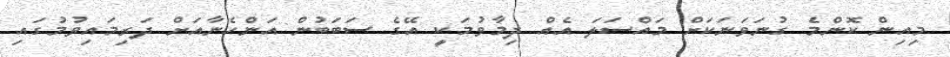
މިއިން ކޮންމެ ގުނަވަނަކަށް މައްސަލަ އެއް ދިމާވުމަކީ އޭގެ ސަބަބުން އަންހެނާއަށް ދަރިމައިވުމުގައި